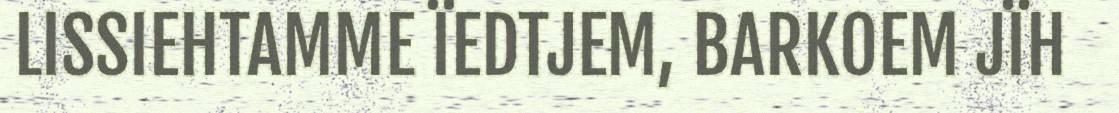
LISSIEHTAMME ÏEDTJEM, BARKOEM JÏH